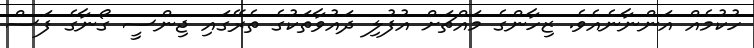
ހުކުމެއް އަންނާނެއެވެ. ޒިހާންގެ މައްޗަށް އުފުލި ދައުވާތަކުގެ ތެރޭގައި ޖިންސީ ގޯނާގެ ފަސް